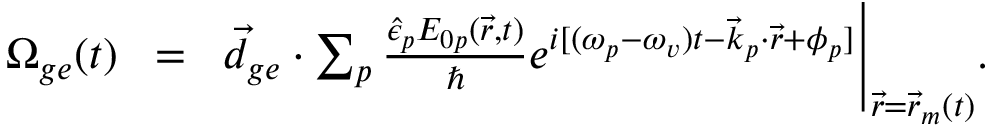
\begin{array} { r l r } { \Omega _ { g e } ( t ) \! } & { = } & { \! \vec { d } _ { g e } \cdot \sum _ { p } \frac { \hat { \epsilon } _ { p } E _ { 0 p } ( \vec { r } , t ) } { \hbar } e ^ { i [ ( \omega _ { p } - \omega _ { v } ) t - \vec { k } _ { p } \cdot \vec { r } + \phi _ { p } ] } \Bigg \rvert _ { \vec { r } = \vec { r } _ { m } ( t ) } . } \\ & { } & \end{array}